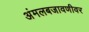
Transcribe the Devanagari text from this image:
अंमलबजावणीवर